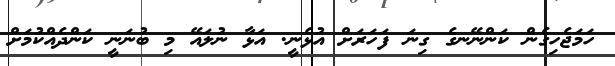
ހަމަޖެހިގެން ކަންނޭނގެ ގިނަ ފަހަރަށް އުޅެނީ. އަޅާ ނުލައޭ މި ބުނަނީ ކަންދެއްކުމަށް